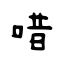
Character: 唶